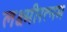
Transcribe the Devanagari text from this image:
लक्ष्मीरत्नम